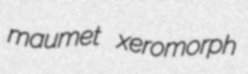
maumet xeromorph